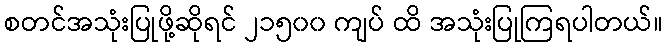
စတင်အသုံးပြုဖို့ဆိုရင် ၂၁၅၀၀ ကျပ် ထိ အသုံးပြုကြရပါတယ်။